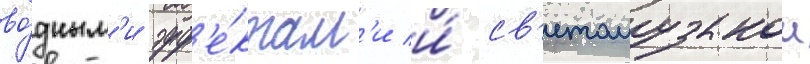
во́дным'и эфф'е́ктам'и и́ св'етомузыкои